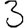
Digit: 3